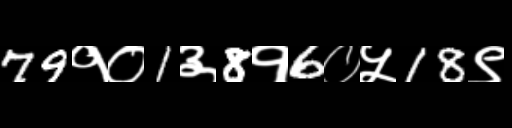
Text: 79१०1३8१6०५18९